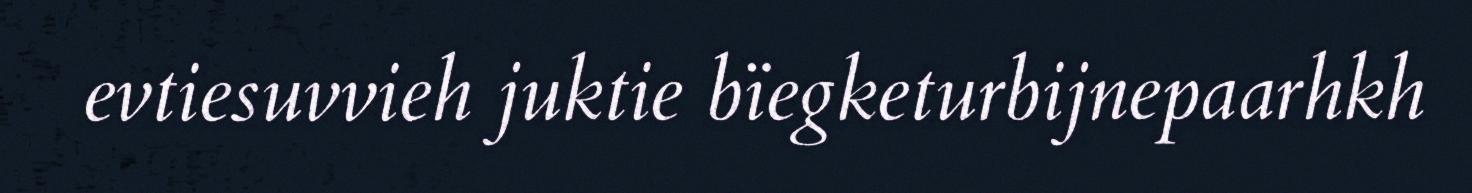
evtiesuvvieh juktie bïegketurbijnepaarhkh